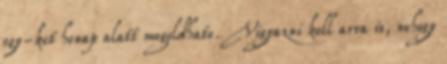
egy-ket honap alatt megoldhato. Vigyazni kell arra is, nehogy